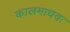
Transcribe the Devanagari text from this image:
कालमाधवः